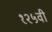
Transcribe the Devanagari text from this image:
१२५वी